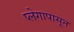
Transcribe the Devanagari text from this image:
प्लेगापासून